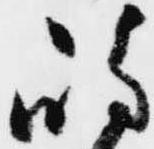
島